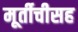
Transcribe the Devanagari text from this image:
मूर्तीचीसह